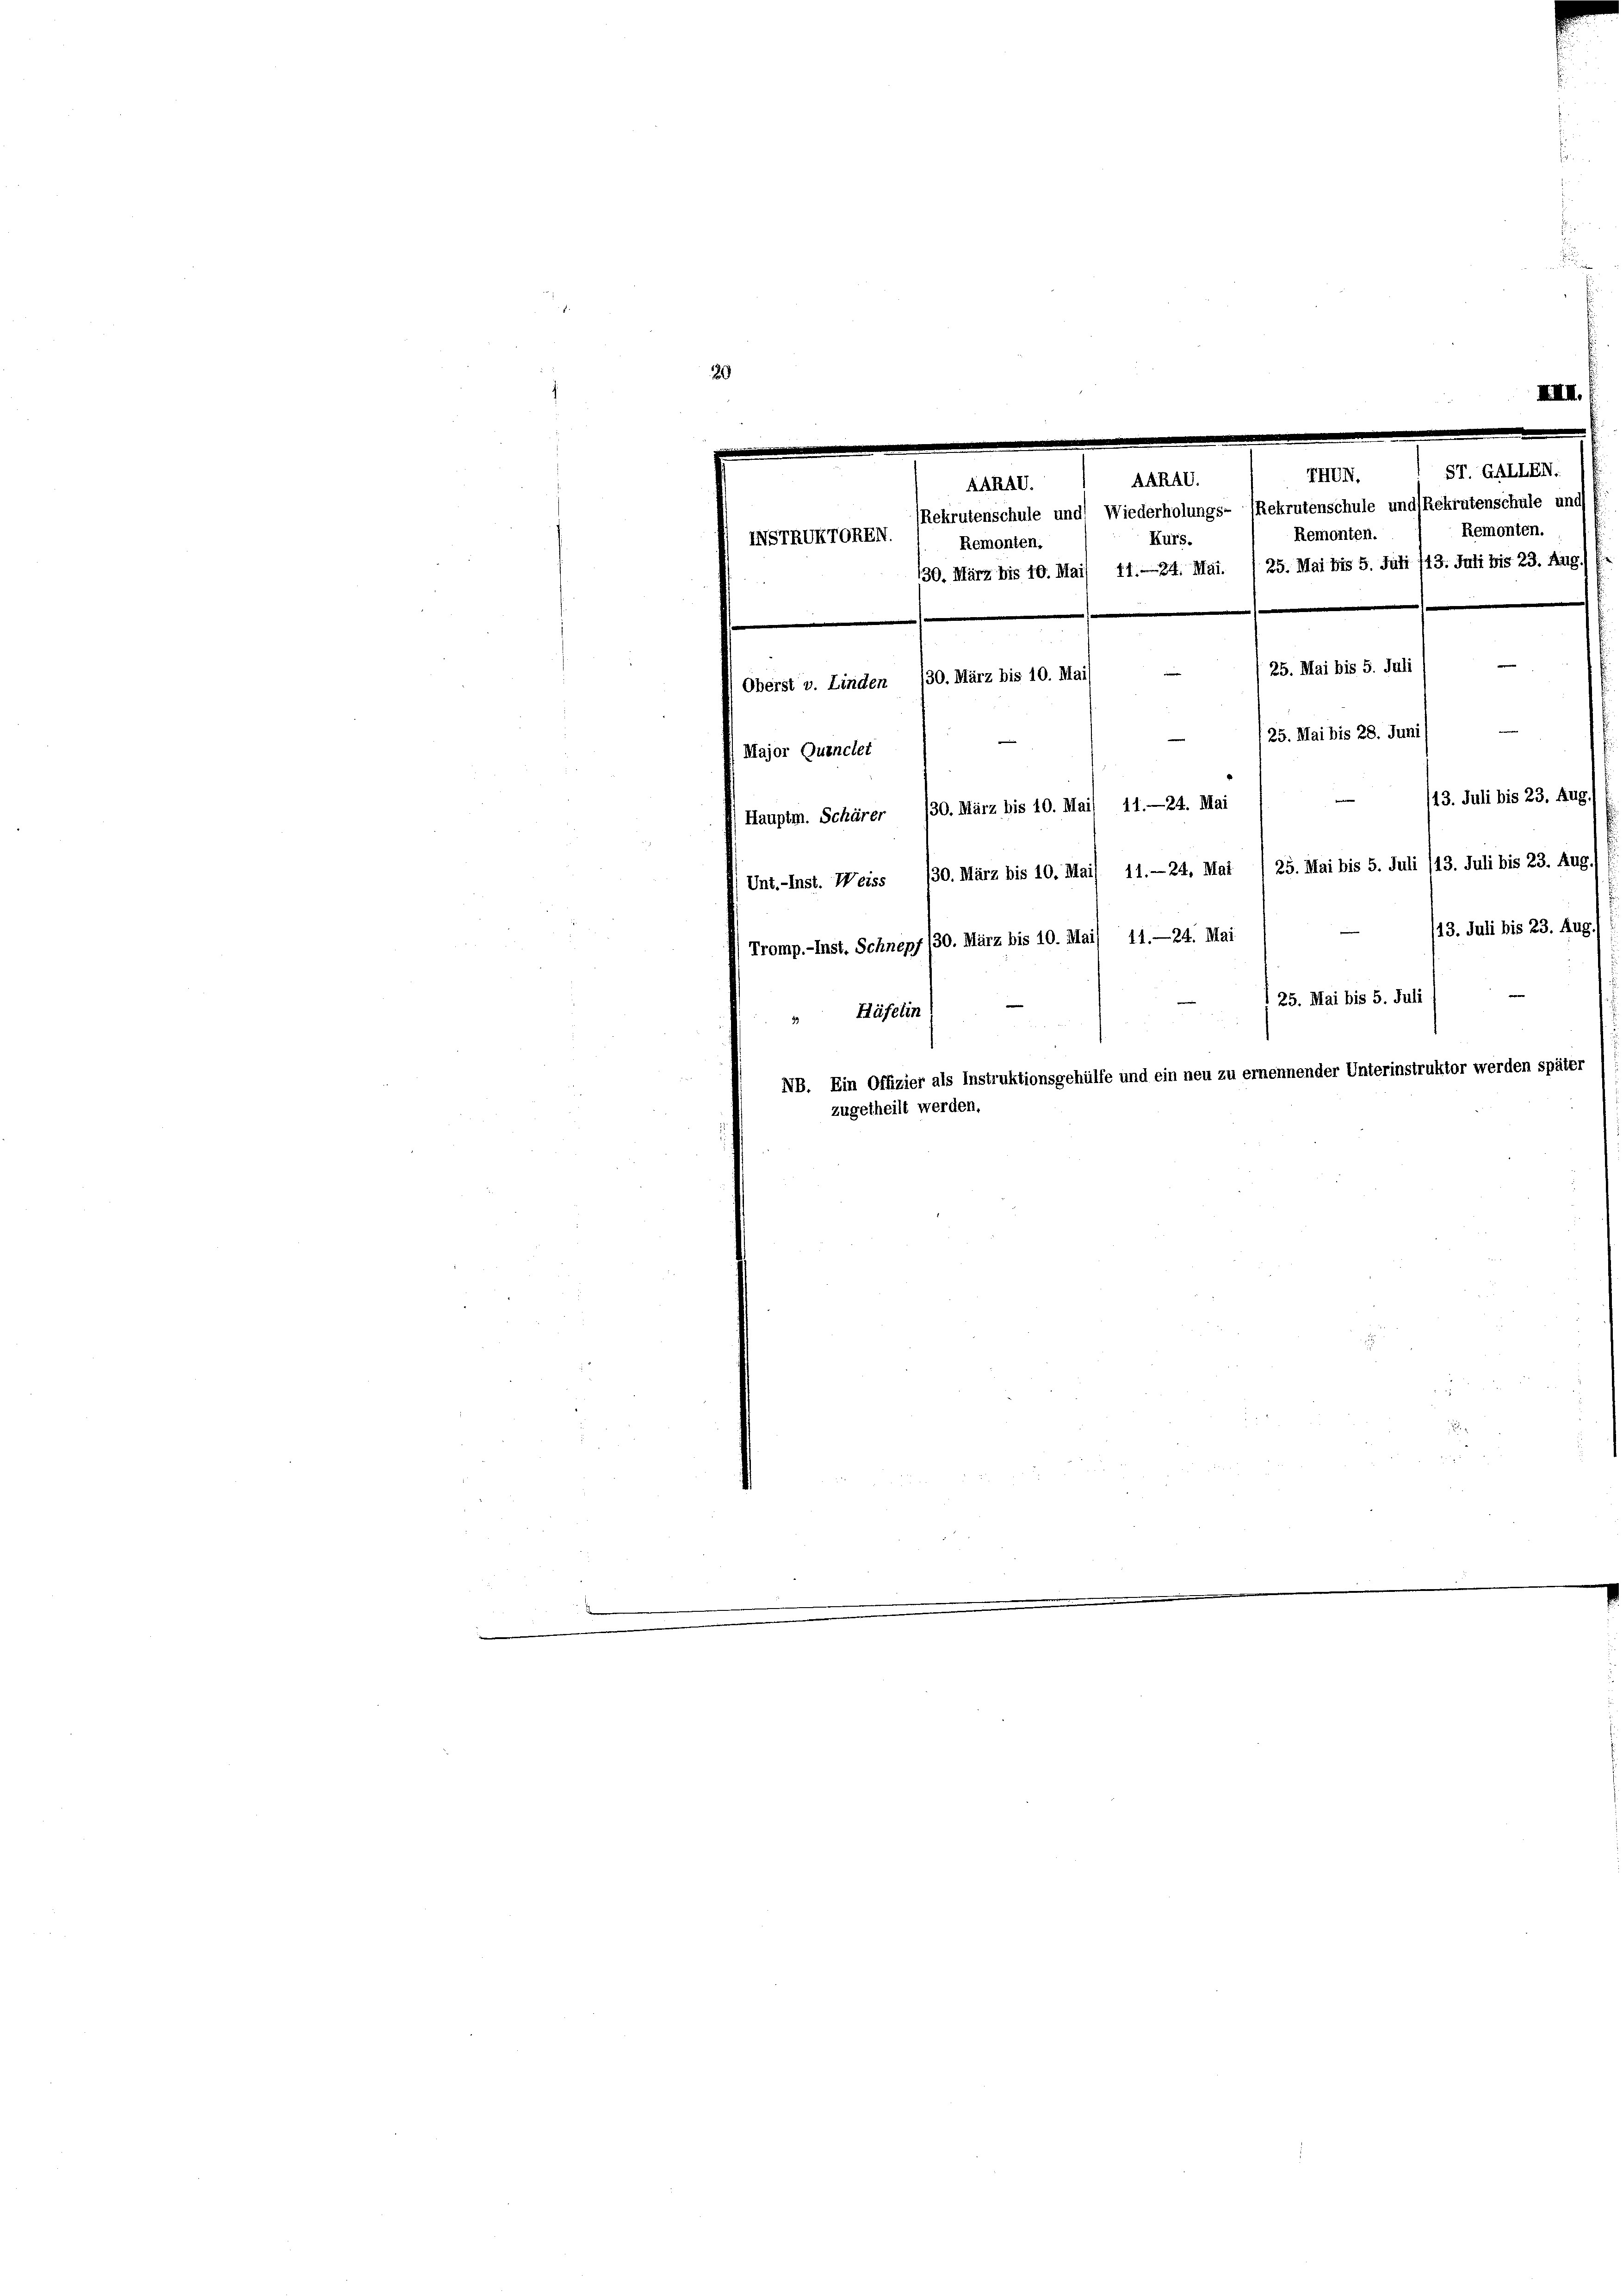
IHUN.
AARAG.
ARAD.
Rekrutenschule und Wiederholungs- (Rekrutenschule und Rekrutenschule und
Remonten.
Remonten.
NSTRUKTOREN.
Kurs.
Remonten,
130. März bis 10. Mai/ 11. 24. Mai. / 25. Mai bis 5. Juli 113. Juli bis 23. Aug.
e
25. Mai bis 5. Juli
Oberst v. Linden 30. März bis 10. Mai
25. Mai bis 28. Juni
Major Quinclet
13. Juli bis 23. Aug.
Hauptm. Schärer 30. März bis 10. Mai) 11.—24. Mai
Unt.-Inst. Weiss 130. März bis 10. Mai/ 11.—24, Mai /25. Mai bis 5. Juli (13. Juli bis 23. Aug
13. Juli bis 23. Aug
11. 24. Mai
Tromp.-Inst. Schnepf /30. März bis 10. Mai
25. Mai bis 5. Juli
Häfelin
NB. Ein Offizier als Instruktionsgehülfe und ein neu zu ernennender Unterinstruktor werden später
zugetheilt werden.

ST. GALLEN.